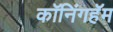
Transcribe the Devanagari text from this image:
कॉनिंगहॅम